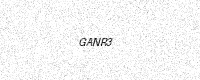
Text: GANR3